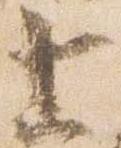
上